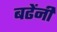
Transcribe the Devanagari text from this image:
बढेंनी